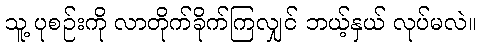
သူ့ ပုစဉ်းကို လာတိုက်ခိုက်ကြလျှင် ဘယ့်နှယ် လုပ်မလဲ။